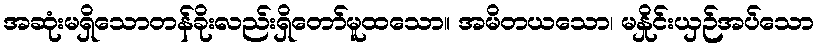
အဆုံးမရှိသောတန်ခိုးလည်းရှိတော်မူထသော။ အမိတယသော၊ မနှိုင်းယှဉ်အပ်သော